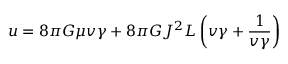
u = 8 \pi G \mu v \gamma + 8 \pi G J ^ { 2 } L \left( v \gamma + \frac { 1 } { v \gamma } \right)